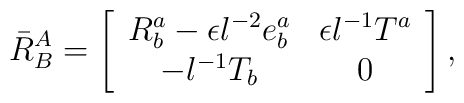
\bar{R}^A_B = \left[\begin{array}{cc}               R^a_b -\epsilon l^{-2} e^a_b  &  \epsilon l^{-1} T^a \\        -l^{-1} T_b  &    0\end{array} \right],